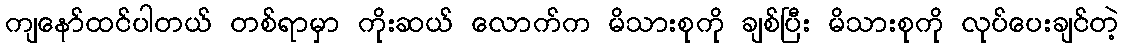
ကျနော်ထင်ပါတယ် တစ်ရာမှာ ကိုးဆယ် လောက်က မိသားစုကို ချစ်ပြီး မိသားစုကို လုပ်ပေးချင်တဲ့